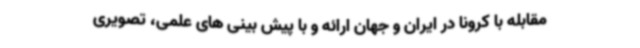
مقابله با کرونا در ایران و جهان ارائه و با پیش بینی های علمی، تصویری